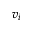
v _ { i }